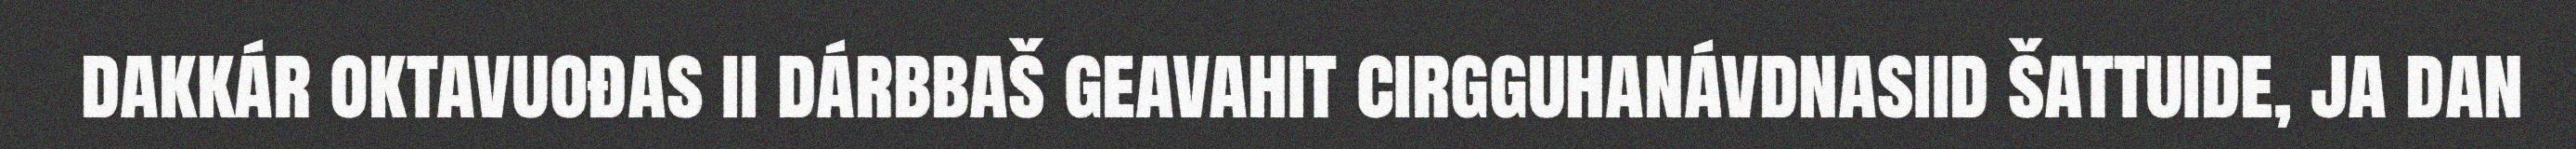
dakkár oktavuođas ii dárbbaš geavahit cirgguhanávdnasiid šattuide, ja dan